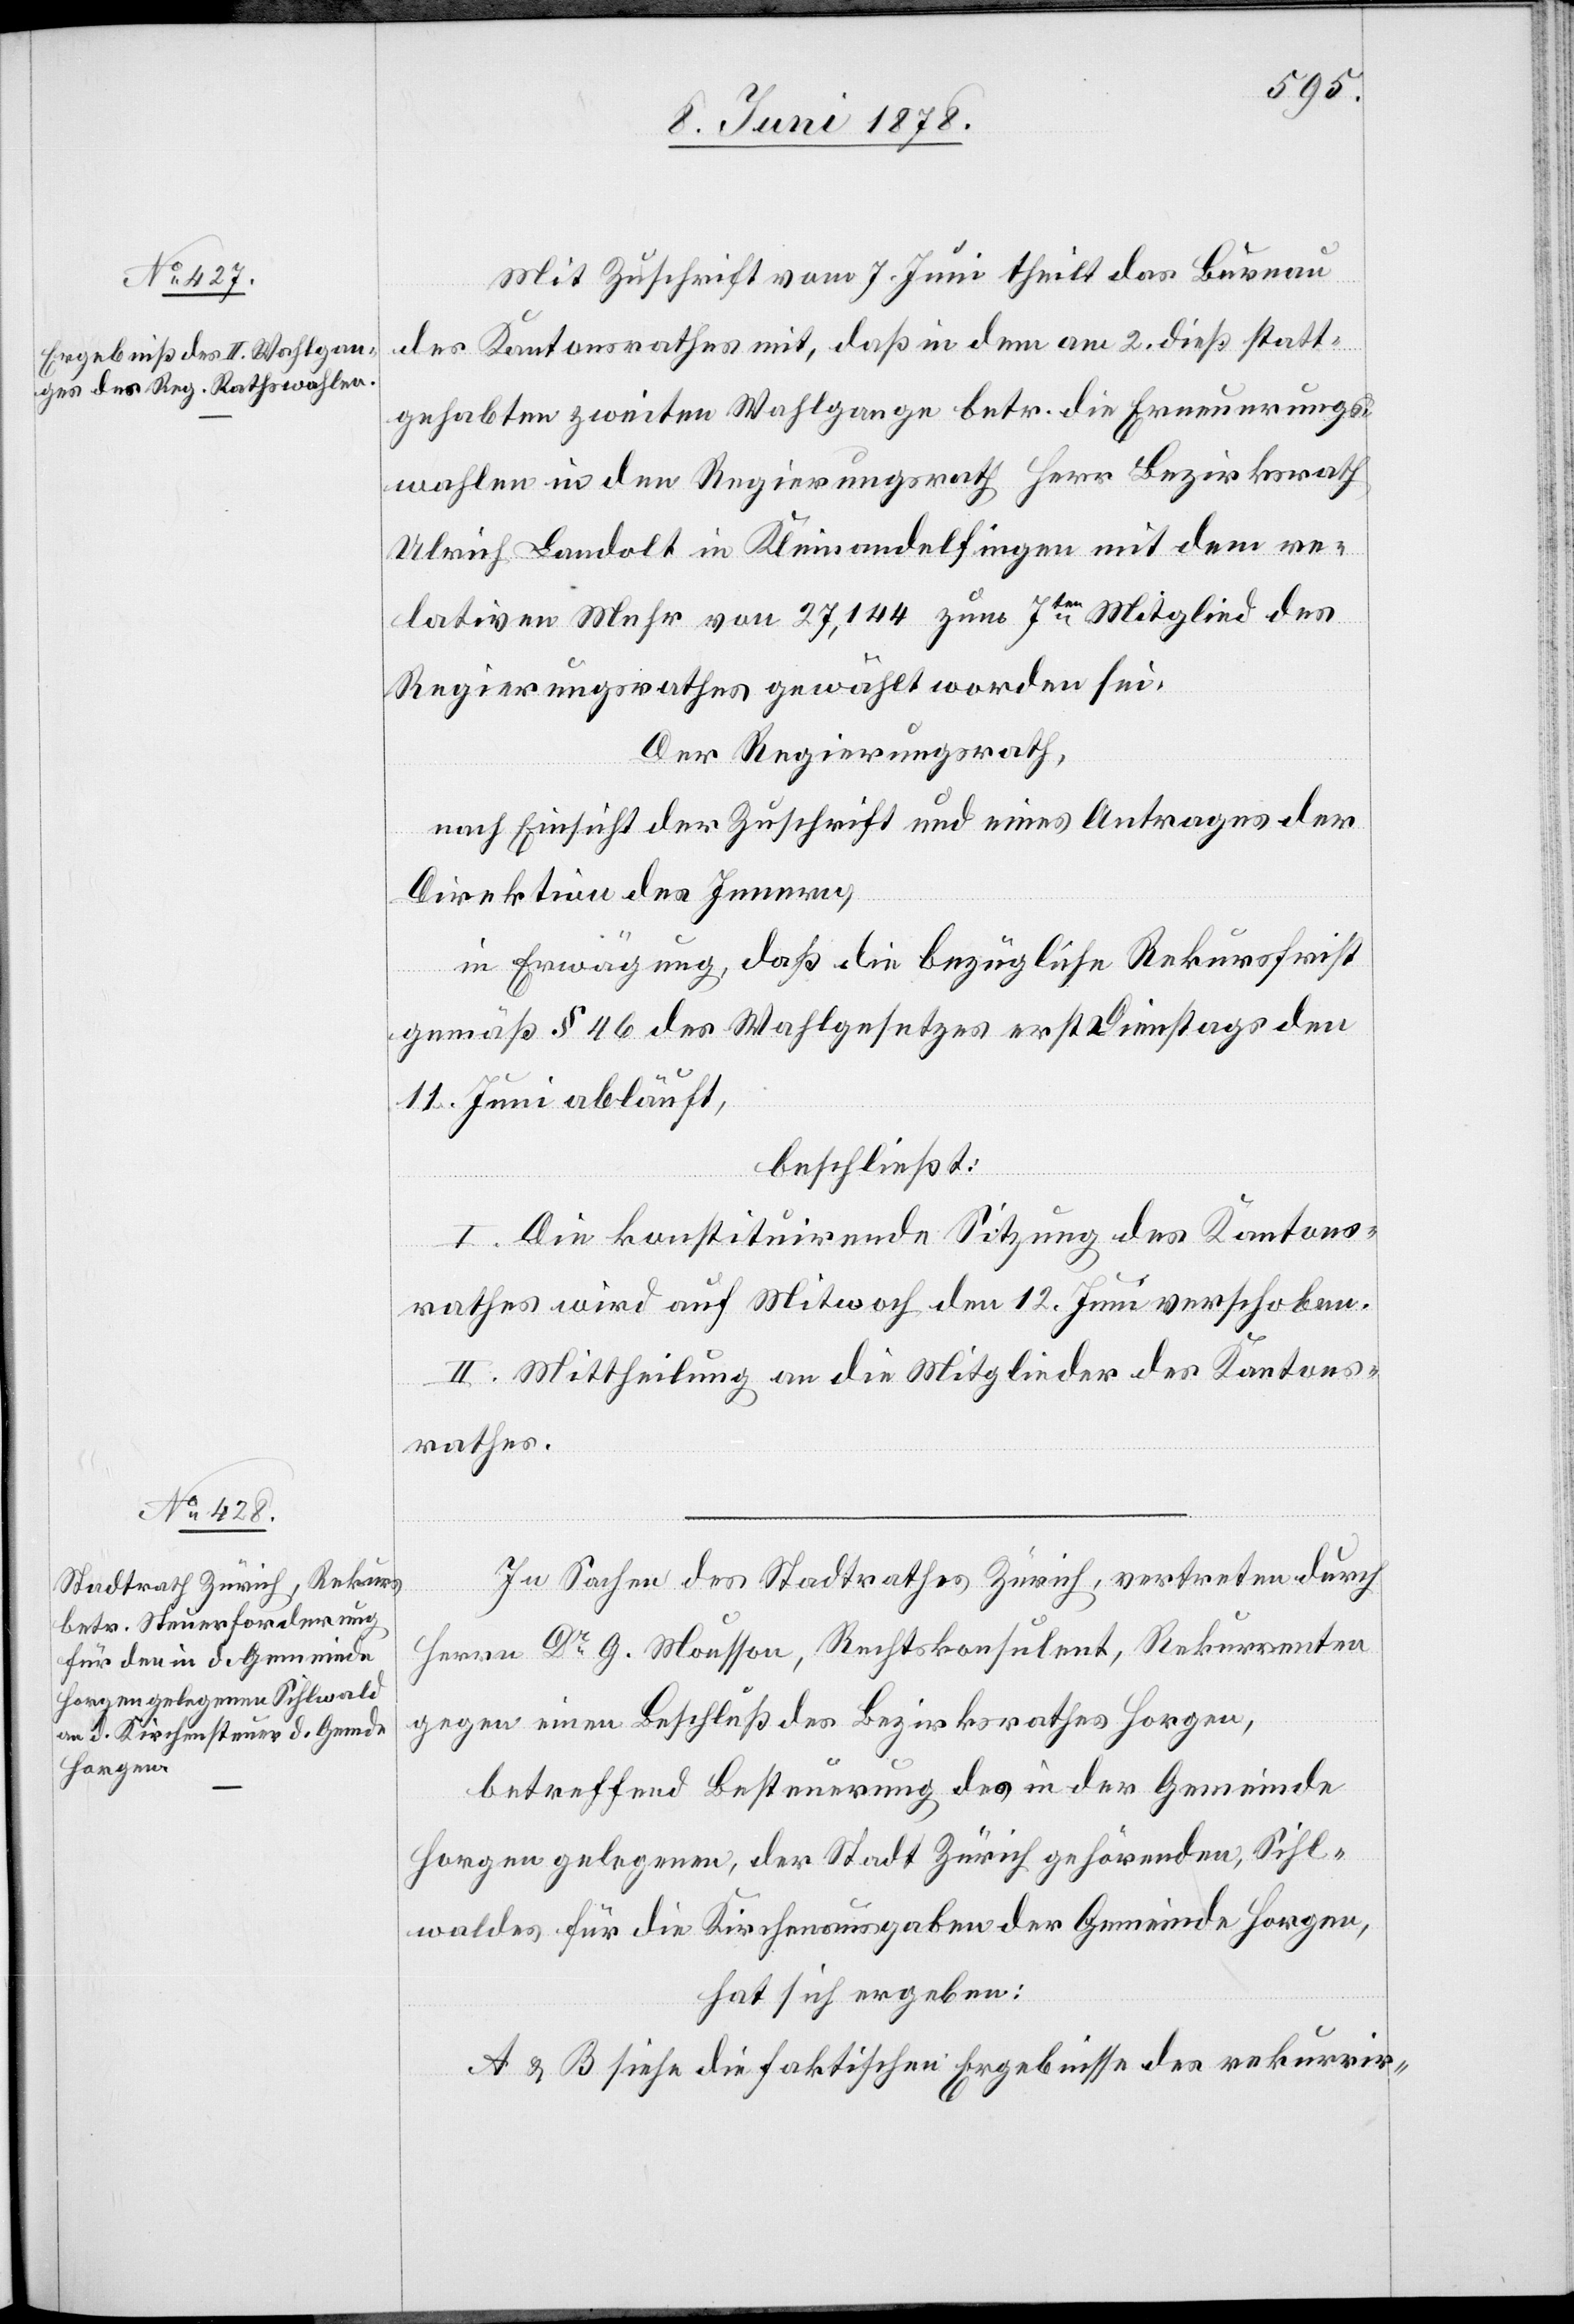
Mit Zuschrift vom 7. Juni theilt das Bureau
des Kantonsrathes mit, daß in dem am 2. dieß statt¬
gehabten zweiten Wahlgange betr. die Erneuerungs¬
wahlen in den Regierungsrath Herr Bezirksrath
Ulrich Landolt in Kleinandelfingen mit dem re¬
lativen Mehr von 27,144 zum 7ten Mitglied des
Regierungsrathes gewählt worden sei.
Der Regierungsrath,
nach Einsicht der Zuschrift und eines Antrages der
Direktion des Innern,
in Erwägung, daß die bezügliche Rekursfrist
gemäß § 46 des Wahlgesetzes erst Dienstags den
11. Juni abläuft,
beschließt:
I. Die konstituirende Sitzung des Kantons¬
rathes wird auf Mittwoch den 12. Juni verschoben.
II. Mittheilung an die Mitglieder des Kantons¬
rathes.
In Sachen des Stadtrathes Zürich, vertreten durch
Herrn Dr G. Mousson, Rechtskonsulent, Rekurrenten
gegen einen Beschluß des Bezirksrathes Horgen,
betreffend Besteuerung des in der Gemeinde
Horgen gelegenen, der Stadt Zürich gehörenden, Sihl¬
waldes für die Kirchenausgaben der Gemeinde Horgen,
hat sich ergeben:
A & B siehe die faktischen Ergebnisse des rekurrir-